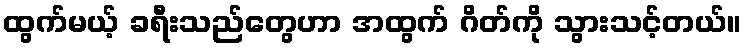
ထွက်မယ့် ခရီးသည်တွေဟာ အထွက် ဂိတ်ကို သွားသင့်တယ်။